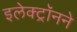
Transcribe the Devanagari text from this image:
इलेक्ट्रॉनने